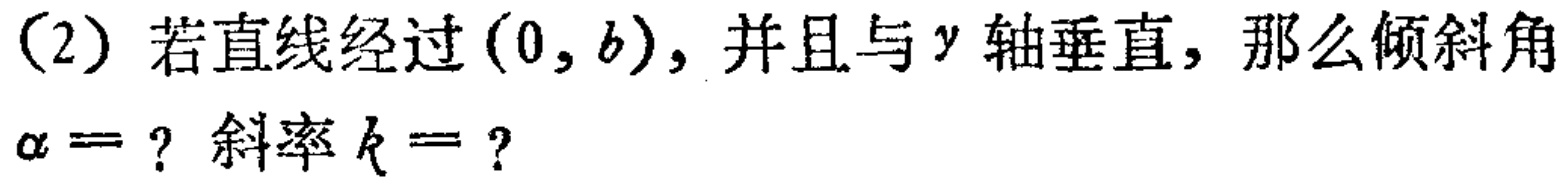
(2) 若直线经过$(0,b)$，并且与$y$轴垂直，那么倾斜角$\alpha =$? 斜率$k =$?